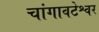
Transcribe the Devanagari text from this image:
चांगावटेश्वर